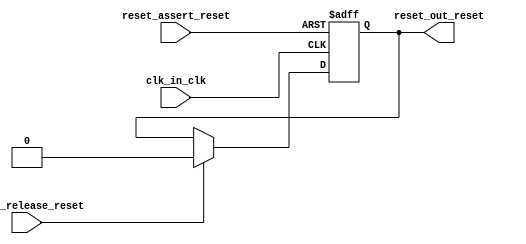
/*
 * Copyright (c) 2016 Intel Corporation
 *
 * Permission is hereby granted, free of charge, to any person obtaining a copy
 * of this software and associated documentation files (the "Software"), to
 * deal in the Software without restriction, including without limitation the
 * rights to use, copy, modify, merge, publish, distribute, sublicense, and/or
 * sell copies of the Software, and to permit persons to whom the Software is
 * furnished to do so, subject to the following conditions:
 *
 * The above copyright notice and this permission notice shall be included in
 * all copies or substantial portions of the Software.
 *
 * THE SOFTWARE IS PROVIDED "AS IS", WITHOUT WARRANTY OF ANY KIND, EXPRESS OR
 * IMPLIED, INCLUDING BUT NOT LIMITED TO THE WARRANTIES OF MERCHANTABILITY,
 * FITNESS FOR A PARTICULAR PURPOSE AND NONINFRINGEMENT. IN NO EVENT SHALL THE
 * AUTHORS OR COPYRIGHT HOLDERS BE LIABLE FOR ANY CLAIM, DAMAGES OR OTHER
 * LIABILITY, WHETHER IN AN ACTION OF CONTRACT, TORT OR OTHERWISE, ARISING
 * FROM, OUT OF OR IN CONNECTION WITH THE SOFTWARE OR THE USE OR OTHER DEALINGS
 * IN THE SOFTWARE.
 */
/*
This component provides two reset inputs, one that will assert the reset output
and the second which will release the reset output.

This is intended to be used in trivial use cases where a reset must be asserted
only until some other event or acknoledgement of the reset is detected.  These
situations can arrise in certain Nios II reset request, HPS reset request, PCIe
reset request, and other more generic scenarios.

*/
`timescale 1 ps / 1 ps
module reset_until_ack (
	input  wire  clk_in_clk,
	input  wire  reset_assert_reset,

	input  wire  reset_release_reset,

	output wire  reset_out_reset
);

reg reset_out;

assign reset_out_reset = reset_out;

always @ (posedge clk_in_clk or posedge reset_assert_reset) begin
	if(reset_assert_reset) begin
		reset_out <= 1'b1;
	end else begin
		if(reset_release_reset) begin
			reset_out <= 1'b0;
		end
	end
end

endmodule